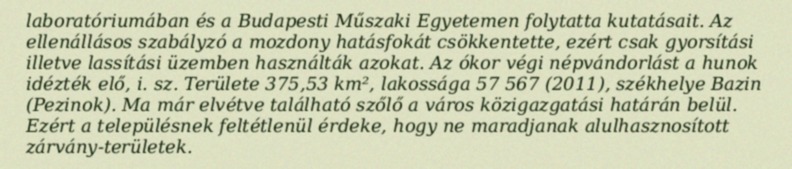
laboratóriumában és a Budapesti Műszaki Egyetemen folytatta kutatásait. Az ellenállásos szabályzó a mozdony hatásfokát csökkentette, ezért csak gyorsítási illetve lassítási üzemben használták azokat. Az ókor végi népvándorlást a hunok idézték elő, i. sz. Területe 375,53 km², lakossága 57 567 (2011), székhelye Bazin (Pezinok). Ma már elvétve található szőlő a város közigazgatási határán belül. Ezért a településnek feltétlenül érdeke, hogy ne maradjanak alulhasznosított zárvány-területek.